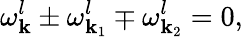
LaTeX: \omega_{\mathbf k}^{l}\pm\omega_{{\mathbf k}_{1}}^{l}\mp\omega_{{\mathbf k}_{2}}^{l}=0,